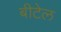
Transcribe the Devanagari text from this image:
बीटेल